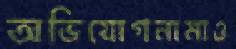
অভিযোগনামাও